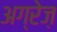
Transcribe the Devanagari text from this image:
अग्रेज़